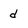
Character: d